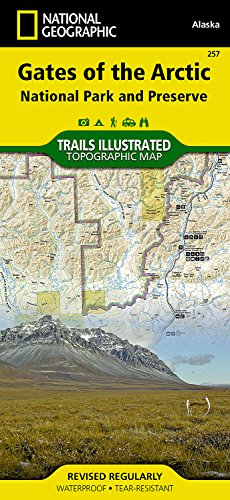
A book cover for Gates of the Arctic National Park and Preserve (National Geographic Trails Illustrated Map); National Geographic Maps - Trails Illustrated; Travel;